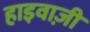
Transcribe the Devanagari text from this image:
हाइवाज़ी